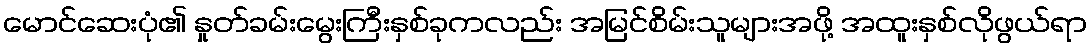
မောင်ဆေးပုံ၏ နှုတ်ခမ်းမွေးကြီးနှစ်ခုကလည်း အမြင်စိမ်းသူများအဖို့ အထူးနှစ်လိုဖွယ်ရာ